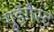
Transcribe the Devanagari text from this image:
गुडेगैस्ट